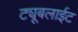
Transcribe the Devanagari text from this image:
ट्यूबलाईट